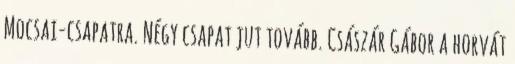
Mocsai-csapatra. Négy csapat jut tovább. Császár Gábor a horvát